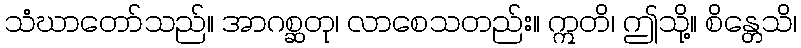
သံဃာတော်သည်။ အာဂစ္ဆတု၊ လာစေသတည်း။ ဣတိ၊ ဤသို့။ စိန္တေသိ၊